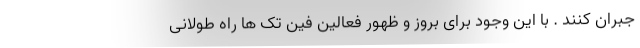
جبران کنند . با این وجود برای بروز و ظهور فعالین فین تک ها راه طولانی